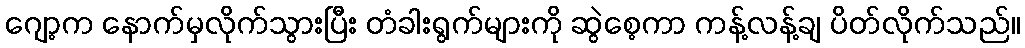
ဂျော့က နောက်မှလိုက်သွားပြီး တံခါးရွက်များကို ဆွဲစေ့ကာ ကန့်လန့်ချ ပိတ်လိုက်သည်။